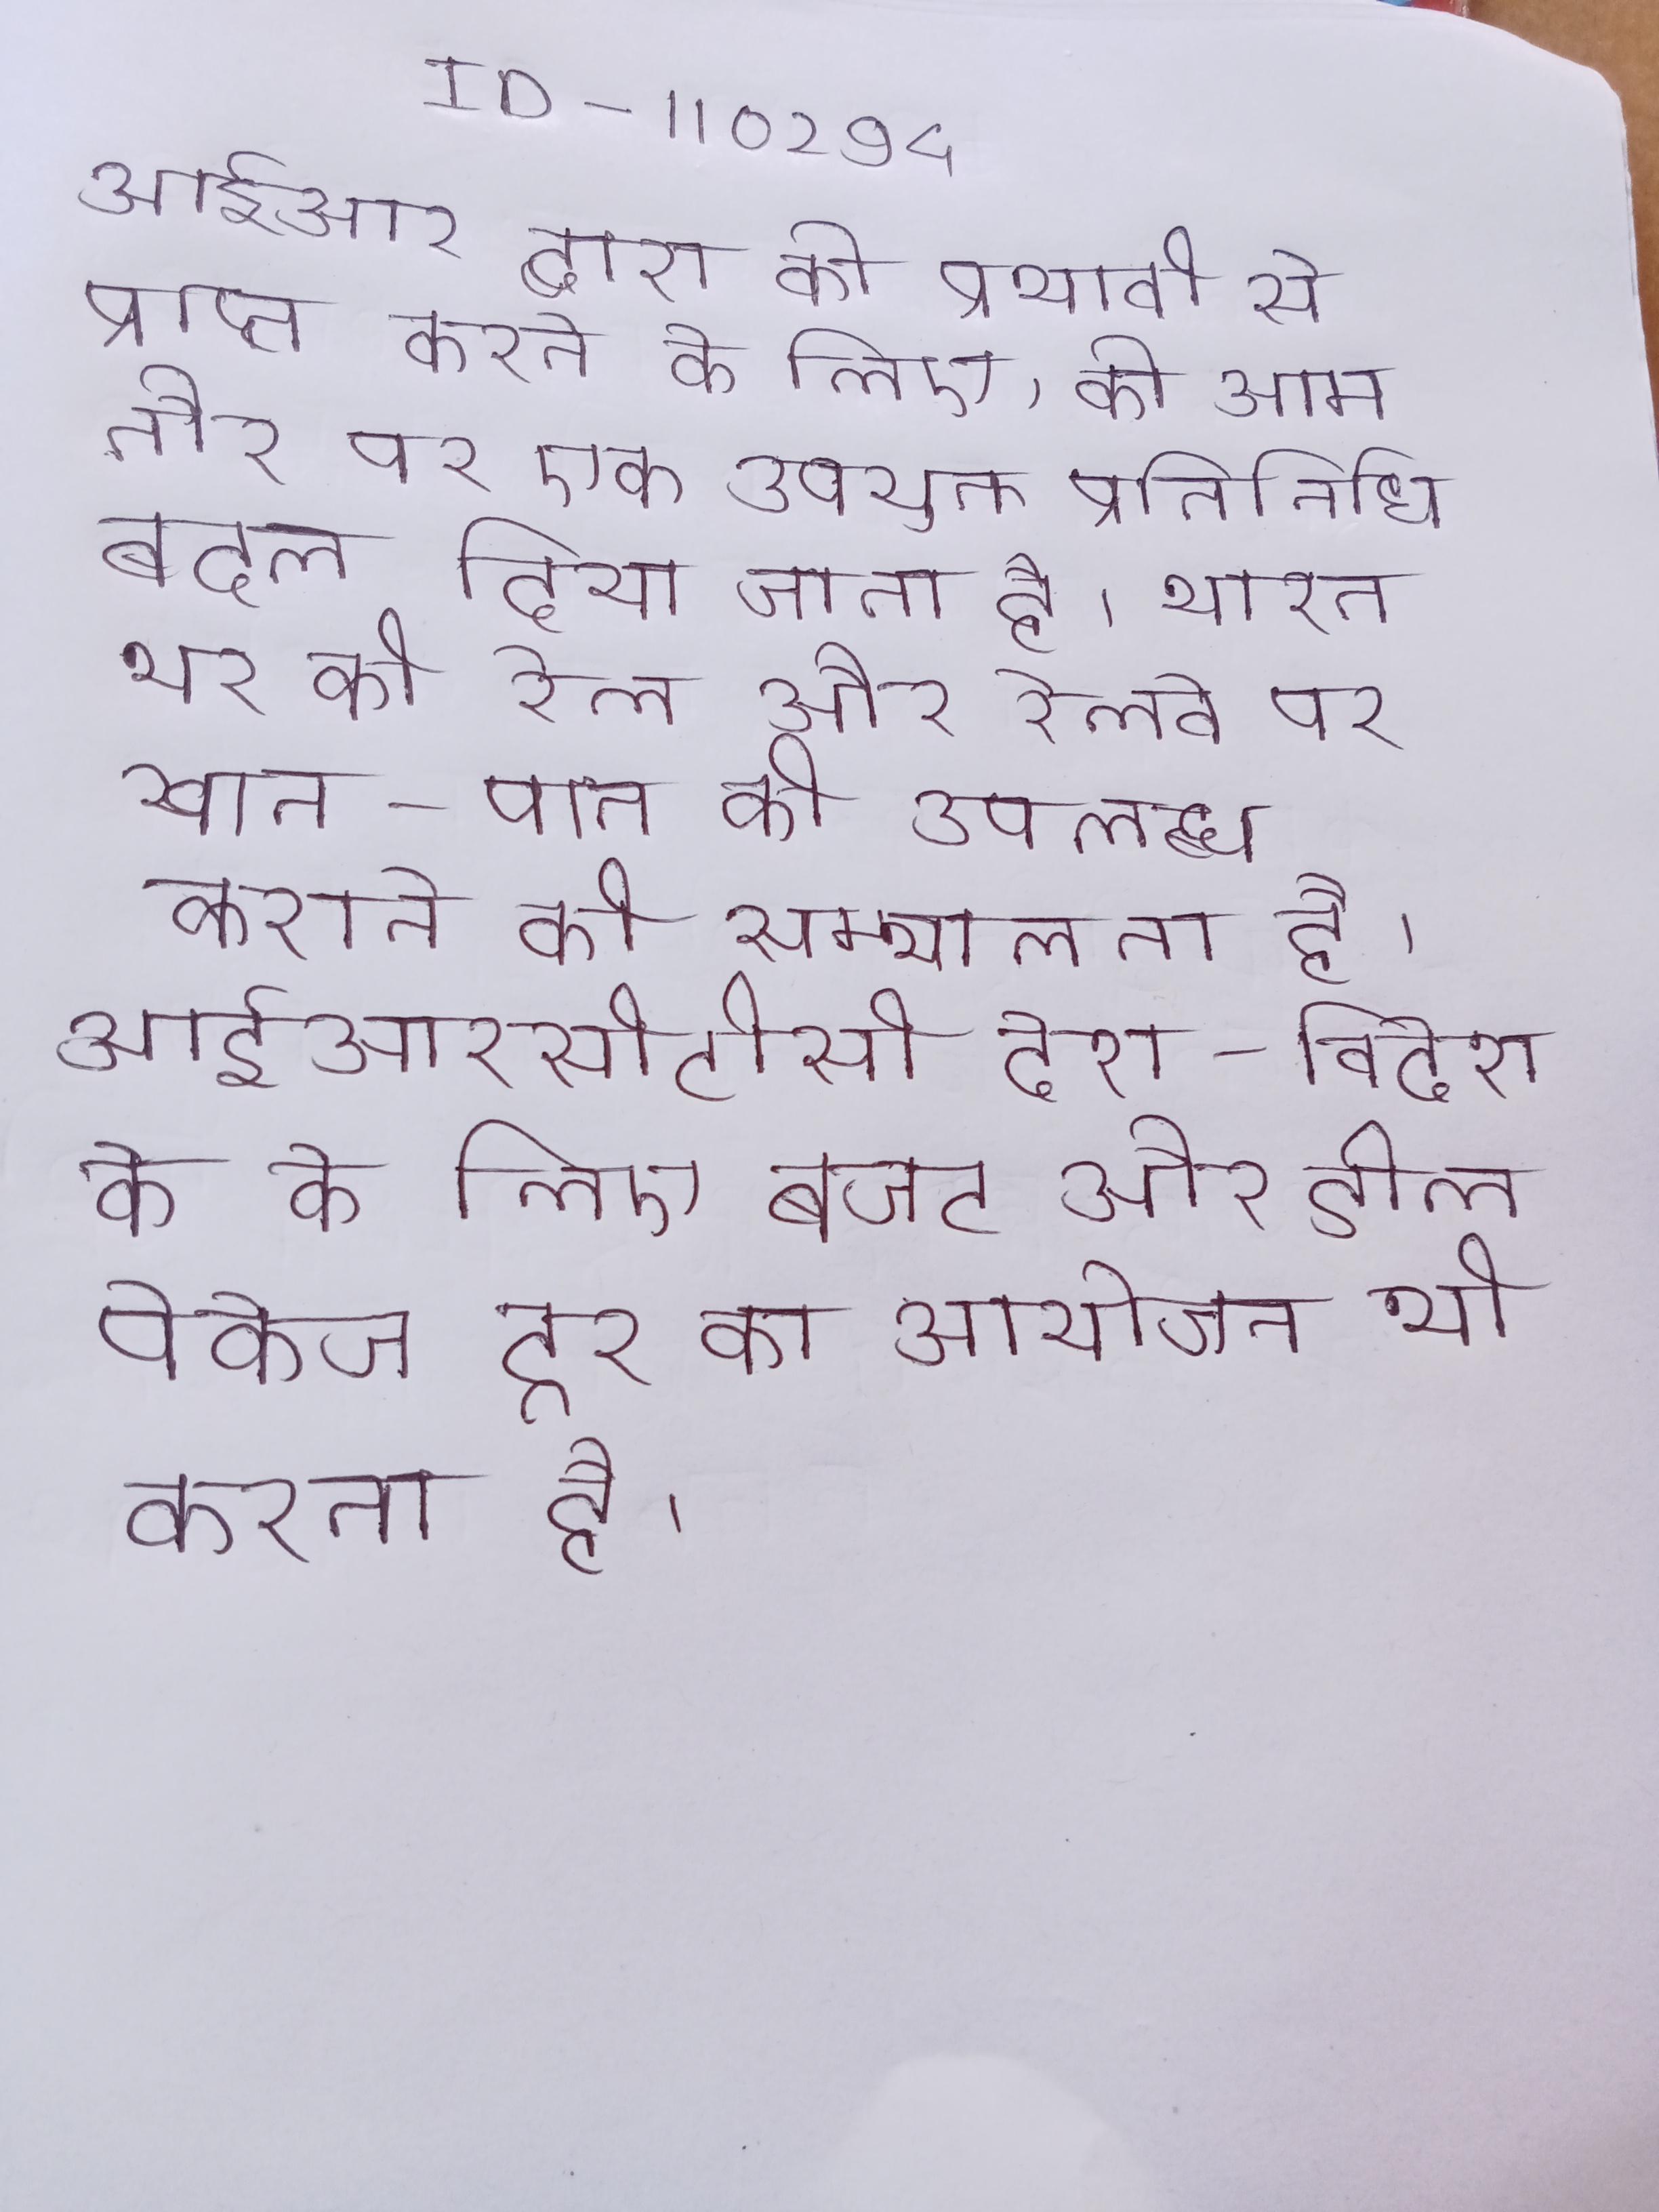
आईआर द्वारा को प्रभावी से प्राप्त करने के लिए, को आम तौर पर एक उपयुक्त प्रतिनिधित्व बदल दिया जाता है । भारत भर की रेल और रेलवे पर खान-पान की उपलब्ध कराने की सम्भालता है । आईआरसीटीसी देश-विदेश के के लिए बजट और डीलक्स पैकेज टूर का आयोजन भी करता है ।